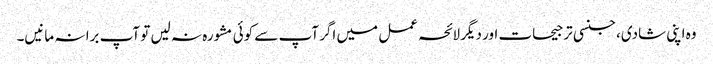
وہ اپنی شادی، جنسی ترجیحات اور دیگر لائحہ عمل میں اگر آپ سے کوئی مشورہ نہ لیں تو آپ برا نہ مانیں۔